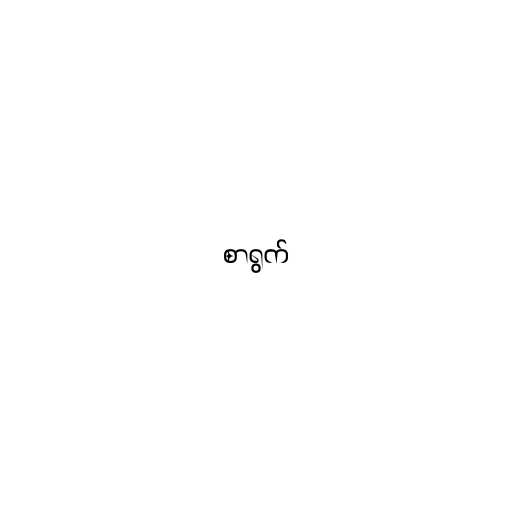
စာရွက်